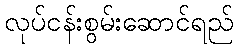
လုပ်ငန်းစွမ်းဆောင်ရည်